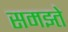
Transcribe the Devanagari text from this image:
समझ्ते